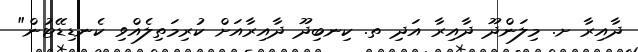
ދާއިރާ ށ. މިލަންދޫ ދާއިރާ އަދި ތ. ކިނބިދޫ ދާއިރާއަށް ކުރިމަތިލެއްވި ކެނޑިޑޭޓުން"